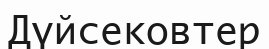
Дүйсековтер